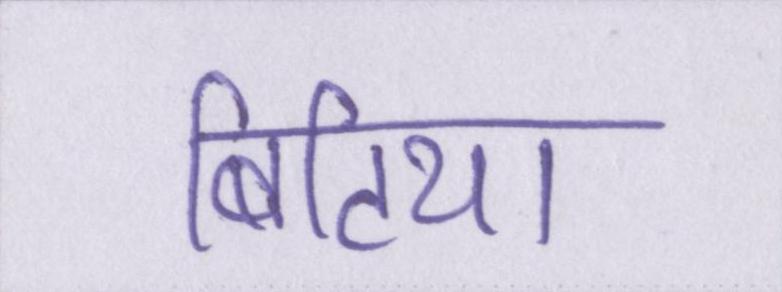
बिटिया